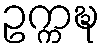
ဥက္ကဍ္ဎ